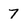
Character: 7